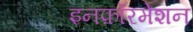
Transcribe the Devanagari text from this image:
इनफ़ॉरमेशन